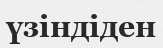
үзіндіден